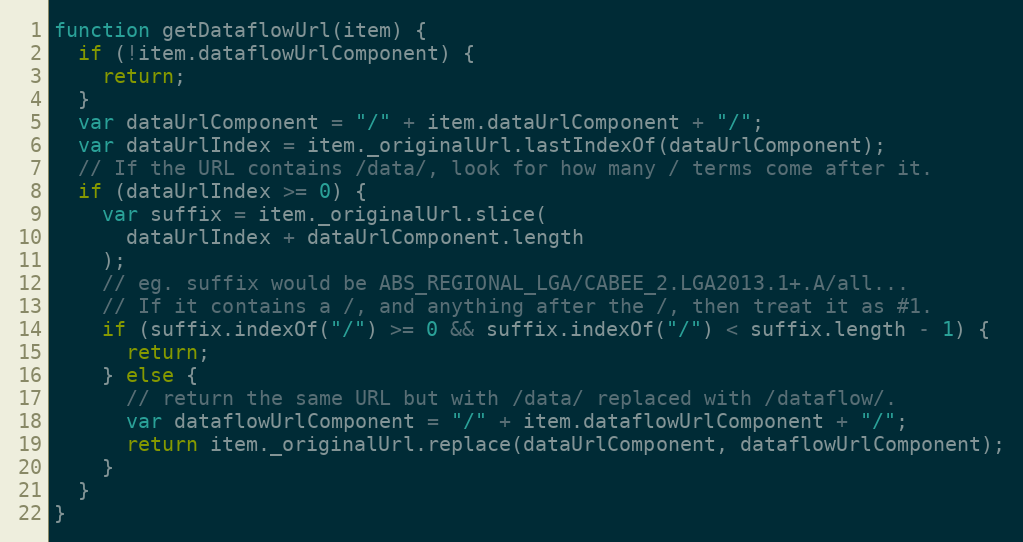
Language: JavaScript
function getDataflowUrl(item) {
  if (!item.dataflowUrlComponent) {
    return;
  }
  var dataUrlComponent = "/" + item.dataUrlComponent + "/";
  var dataUrlIndex = item._originalUrl.lastIndexOf(dataUrlComponent);
  // If the URL contains /data/, look for how many / terms come after it.
  if (dataUrlIndex >= 0) {
    var suffix = item._originalUrl.slice(
      dataUrlIndex + dataUrlComponent.length
    );
    // eg. suffix would be ABS_REGIONAL_LGA/CABEE_2.LGA2013.1+.A/all...
    // If it contains a /, and anything after the /, then treat it as #1.
    if (suffix.indexOf("/") >= 0 && suffix.indexOf("/") < suffix.length - 1) {
      return;
    } else {
      // return the same URL but with /data/ replaced with /dataflow/.
      var dataflowUrlComponent = "/" + item.dataflowUrlComponent + "/";
      return item._originalUrl.replace(dataUrlComponent, dataflowUrlComponent);
    }
  }
}